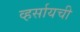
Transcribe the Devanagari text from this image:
व्हर्सायची